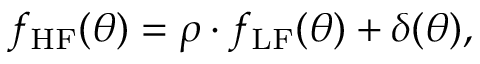
f _ { \mathrm { H F } } ( \boldsymbol { \theta } ) = \rho \cdot f _ { \mathrm { L F } } ( \boldsymbol { \theta } ) + \delta ( \boldsymbol { \theta } ) ,